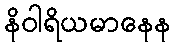
နိဝါရိယမာနေန